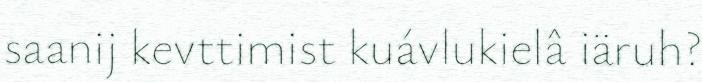
saanij kevttimist kuávlukielâ iäruh?